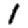
Digit: 1